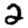
Digit: 2